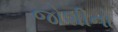
જોશીનો